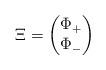
LaTeX: \begin{align*}\Xi = \begin{pmatrix} \Phi_+\\ \Phi_-\end{pmatrix}\end{align*}